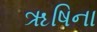
ૠષિના